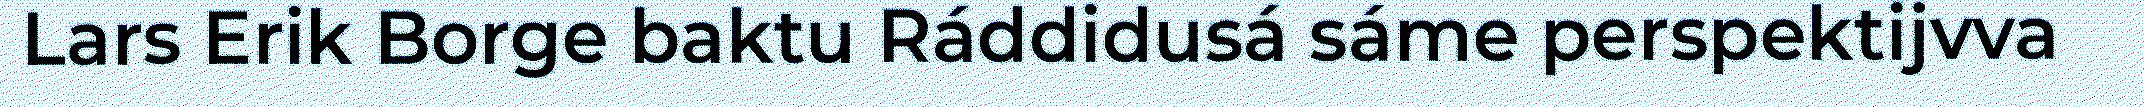
Lars Erik Borge baktu Ráddidusá sáme perspektijvva